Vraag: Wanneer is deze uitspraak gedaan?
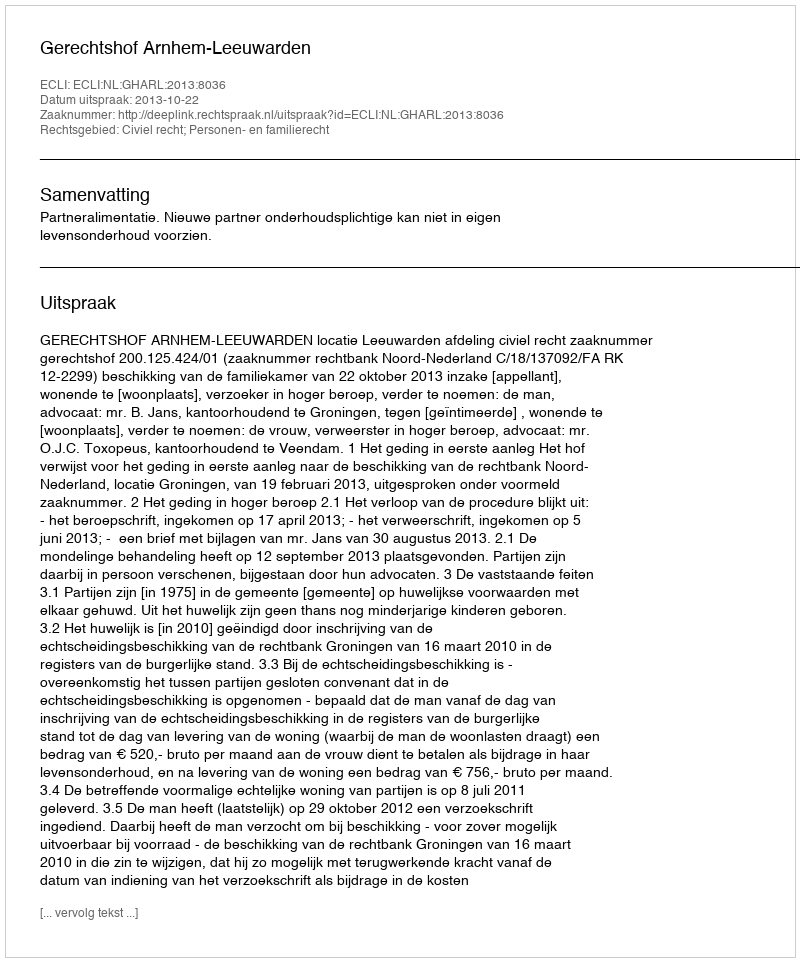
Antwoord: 2013-10-22